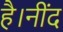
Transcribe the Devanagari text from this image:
है।नींद